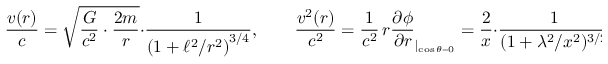
\frac { v ( r ) } { c } = \sqrt { \frac { G } { c ^ { 2 } } \cdot \frac { 2 m } { r } } \cdot \frac { 1 } { \left( 1 + \ell ^ { 2 } / r ^ { 2 } \right) ^ { 3 / 4 } } , \qquad \frac { v ^ { 2 } ( r ) } { c ^ { 2 } } = \frac { 1 } { c ^ { 2 } } \, r \frac { \partial \phi } { \partial r } _ { | _ { \cos \theta = 0 } } = \frac { 2 } { x } \cdot \frac { 1 } { ( 1 + \lambda ^ { 2 } / x ^ { 2 } ) ^ { 3 / 2 } } ,